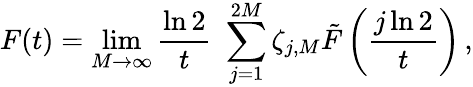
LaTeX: F(t)=\operatorname*{lim}_{M\to\infty}\frac{\ln 2}{t}\, \, \sum_{j=1}^{2M}\zeta_{j,M}\tilde{F}\left(\frac{j\ln 2}{t}\right)\, ,